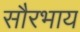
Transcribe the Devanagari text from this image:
सौरभाय